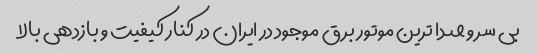
بی سر و صدا ترین موتور برق موجود در ایران در کنار کیفیت و بازدهی بالا